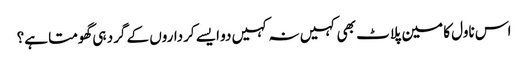
اس ناول کا مین پلاٹ بھی کہیں نہ کہیں دو ایسے کرداروں کے گرد ہی گھومتا ہے؟